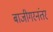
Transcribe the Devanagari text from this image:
बाजीगरनंतर